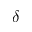
\delta